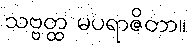
သဗ္ဗတ္ထ မပရာဇိတာ။